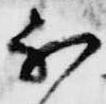
不